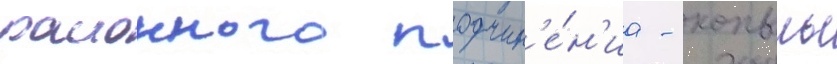
раионного подчин'е́н'иа - копыль